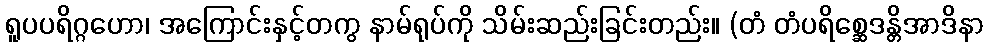
ရူပပရိဂ္ဂဟော၊ အကြောင်းနှင့်တကွ နာမ်ရုပ်ကို သိမ်းဆည်းခြင်းတည်း။ (တံ တံပရိစ္ဆေဒန္တိအာဒိနာ